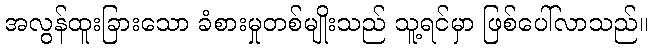
အလွန်ထူးခြားသော ခံစားမှုတစ်မျိုးသည် သူ့ရင်မှာ ဖြစ်ပေါ်လာသည်။